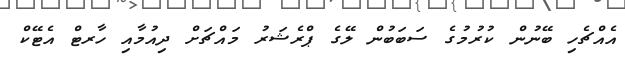
އެއްޗެހި ބޭނުން ކުރުމުގެ ސަބަބުން ލޭގެ ޕްރެޝަރު މައްޗަށް ދިއުމާއި ހާރޓް އެޓޭކް